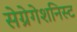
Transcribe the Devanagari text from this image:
सेग्रेगेशनिस्ट